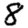
Digit: 8